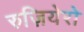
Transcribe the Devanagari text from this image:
रुज़ियेरो